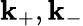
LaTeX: \mathbf{k}_{+},\mathbf{k}_{-}